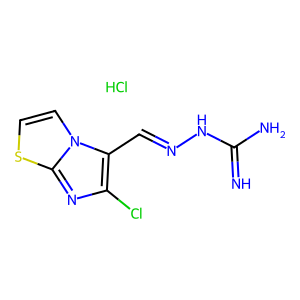
SMILES: Cl.N=C(N)NN=Cc1c(Cl)nc2sccn12
Inhibits HIV replication: No